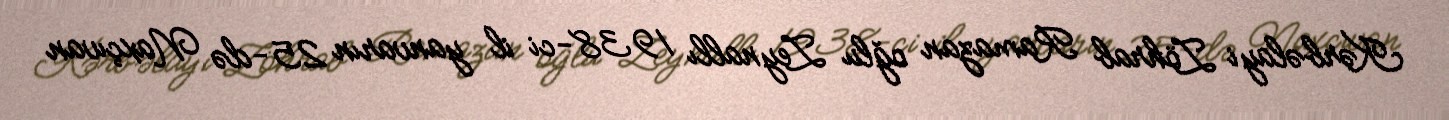
Kərbəlayi Zöhrab Ramazan oğlu Zeynallı 1938-ci il yanvarın 25-də Naxçıvan